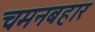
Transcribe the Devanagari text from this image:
चमनबहार